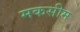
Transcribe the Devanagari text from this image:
मकसीम